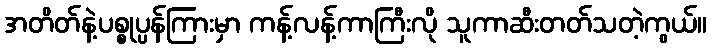
အတိတ်နဲ့ပစ္စုပ္ပန်ကြားမှာ ကန့်လန့်ကာကြီးလို သူကာဆီးတတ်သတဲ့ကွယ်။